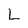
Character: L